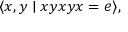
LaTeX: \langle x , y \mid x y x y x = e \rangle ,